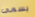
يسمى